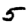
Digit: 5